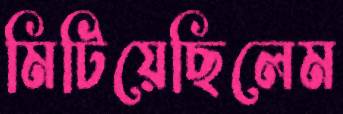
মিটিয়েছিলেম